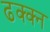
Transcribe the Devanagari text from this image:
ढक्क्न